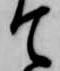
て